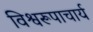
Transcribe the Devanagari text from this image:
विश्वरूपाचार्य